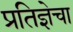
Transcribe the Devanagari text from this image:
प्रतिज्ञेचा